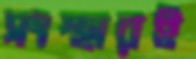
সংস্থারই